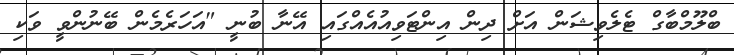
ބްލޫމްބާގް ޓެލެވިޝަން އަށް ދިން އިންޓަވިއުއެއްގައި އޭނާ ބުނީ "އަހަރެމެން ބޭނުންވީ ވަކި